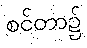
စင်တာ၌